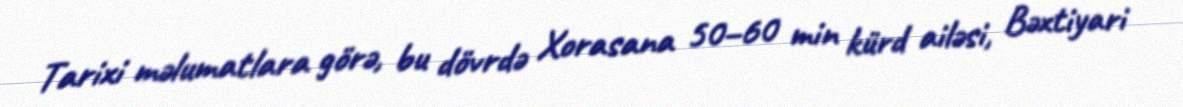
Tarixi məlumatlara görə, bu dövrdə Xorasana 50–60 min kürd ailəsi, Bəxtiyari